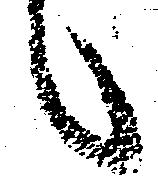
候